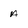
Character: a